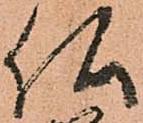
仏